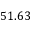
5 1 . 6 3